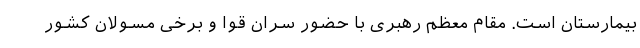
بیمارستان است. مقام معظم رهبری با حضور سران قوا و برخی مسولان کشور